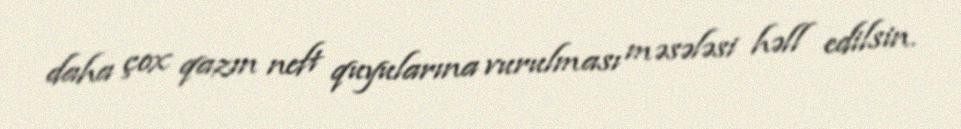
daha çox qazın neft quyularına vurulması məsələsi həll edilsin.